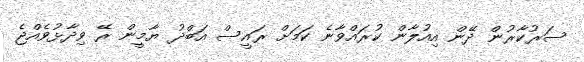
ސަރުކާރުން ދޭން އިއުލާން ކުރައްވާނެ ކަމަށް ރައީސް އަބްދު ޔާމީން ރޭ ވިދާޅުވެއްޖެ